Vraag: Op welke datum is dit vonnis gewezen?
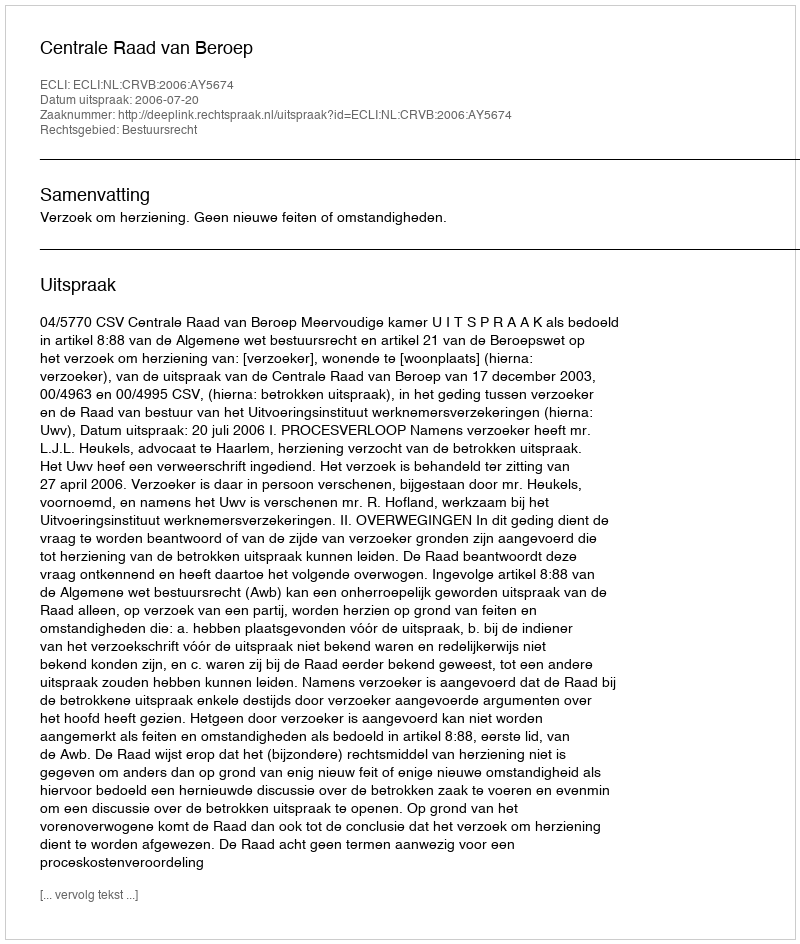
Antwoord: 2006-07-20